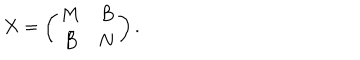
LaTeX: X = \left( \begin{array} { c c } { { M } } & { { B } } \\ { { \bar { B } } } & { { N } } \\ \end{array} \right) .